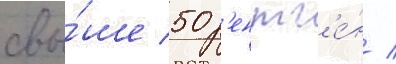
свы́ше 50 р'ентг'е́н /